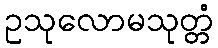
ဥသုလောမသုတ္တံ